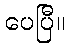
ပေပြီ။